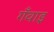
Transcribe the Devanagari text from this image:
गँवाइ